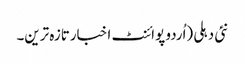
نئی دہلی (اُردو پوائنٹ اخبارتازہ ترین۔